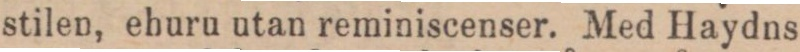
stilen, ehuru utan reminiscenser. Med Haydns